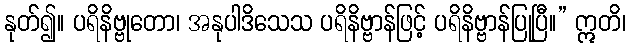
နုတ်၍။ ပရိနိဗ္ဗုတော၊ အနုပါဒိသေသ ပရိနိဗ္ဗာန်ဖြင့် ပရိနိဗ္ဗာန်ပြုပြီ။” ဣတိ၊